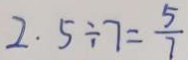
2 . 5 \div 7 = \frac { 5 } { 7 }